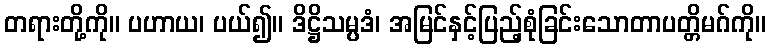
တရားတို့ကို။ ပဟာယ၊ ပယ်၍။ ဒိဋ္ဌိသမ္ပဒံ၊ အမြင်နှင့်ပြည့်စုံခြင်းသောတာပတ္တိမဂ်ကို။